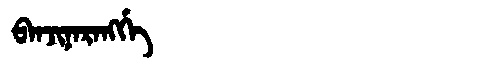
Manchu: ᠪᠠᠨᠵᡳᠨᠠᡵᠠᠩᡤᡝ
Romanization: BANJINARANGGE